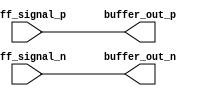
module differential_buffer (
    input wire diff_signal_p,
    input wire diff_signal_n,
    output reg buffer_out_p,
    output reg buffer_out_n
);

assign buffer_out_p = diff_signal_p;
assign buffer_out_n = diff_signal_n;

endmodule